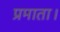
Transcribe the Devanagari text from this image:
प्रमाता।